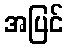
အပြင်